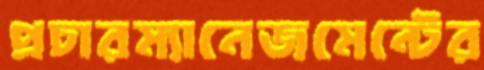
প্রচারম্যানেজমেন্টের